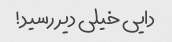
دایی خیلی دیر رسید!